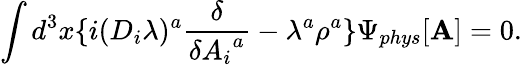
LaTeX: \int d^{3}x\{ i(D_{i}\lambda)^{a}\frac{\delta}{\delta{A_{i}}^{a}}-\lambda^{a}\rho^{a}\} {\Psi}_{phys}[{\mathbf A}]=0.